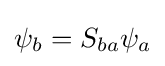
\psi _{b}=S_{ba}\psi _{a}